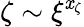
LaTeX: \zeta\sim\xi^{\mathit{x}_{\zeta}}